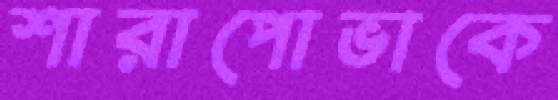
শারাপোভাকে